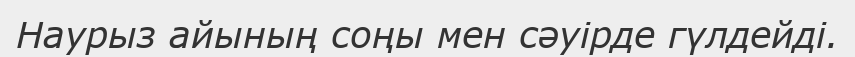
Наурыз айының соңы мен сәуірде гүлдейді.